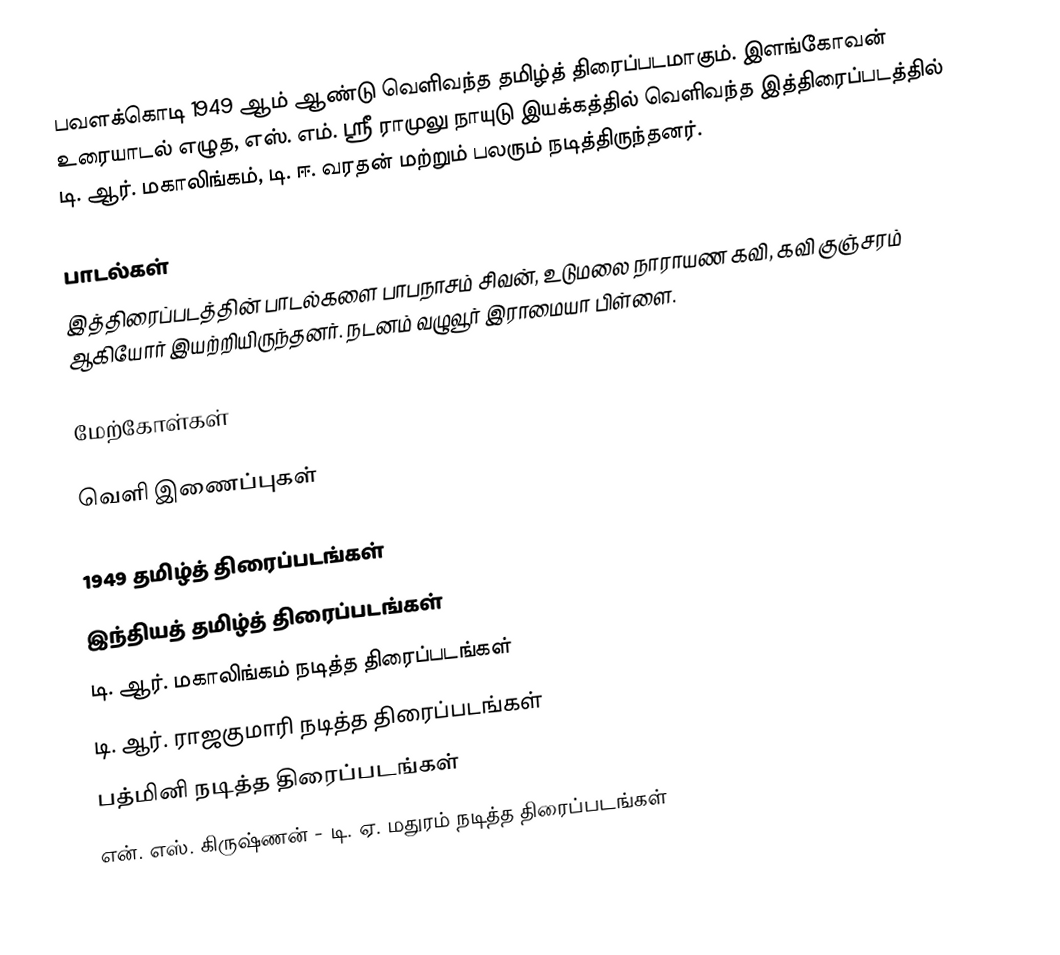
பவளக்கொடி 1949 ஆம் ஆண்டு வெளிவந்த தமிழ்த் திரைப்படமாகும். இளங்கோவன் உரையாடல் எழுத, எஸ். எம். ஸ்ரீ ராமுலு நாயுடு இயக்கத்தில் வெளிவந்த இத்திரைப்படத்தில் டி. ஆர். மகாலிங்கம், டி. ஈ. வரதன் மற்றும் பலரும் நடித்திருந்தனர்.

பாடல்கள்
இத்திரைப்படத்தின் பாடல்களை பாபநாசம் சிவன், உடுமலை நாராயண கவி, கவி குஞ்சரம் ஆகியோர் இயற்றியிருந்தனர். நடனம் வழுவூர் இராமையா பிள்ளை.

மேற்கோள்கள்

வெளி இணைப்புகள்

1949 தமிழ்த் திரைப்படங்கள்
இந்தியத் தமிழ்த் திரைப்படங்கள்
டி. ஆர். மகாலிங்கம் நடித்த திரைப்படங்கள்
டி. ஆர். ராஜகுமாரி நடித்த திரைப்படங்கள்
பத்மினி நடித்த திரைப்படங்கள்
என். எஸ். கிருஷ்ணன் - டி. ஏ. மதுரம் நடித்த திரைப்படங்கள்